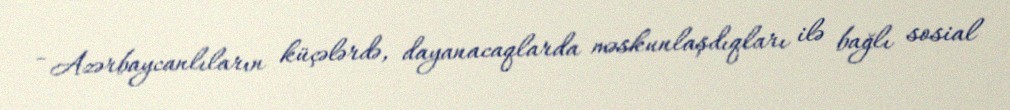
- Azərbaycanlıların küçələrdə, dayanacaqlarda məskunlaşdıqları ilə bağlı sosial